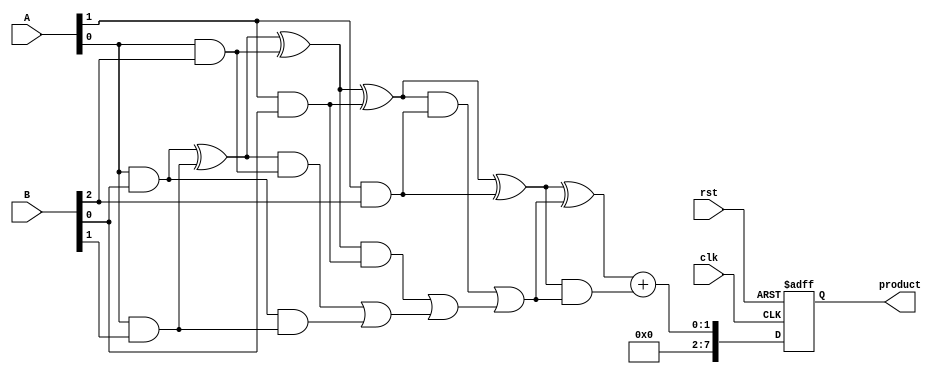
module WallaceTreeMultiplier #(parameter N = 4) (
    input wire clk,
    input wire rst,
    input wire [N-1:0] A,
    input wire [N-1:0] B,
    output reg [2*N-1:0] product
);

// Internal wires for partial products
wire [N*N-1:0] partial_products;

// Generate Partial Products
genvar i, j;
generate
    for (i = 0; i < N; i = i + 1) begin: pp_gen
        for (j = 0; j < N; j = j + 1) begin: pp_row
            assign partial_products[i*N + j] = A[i] & B[j];
        end
    end
endgenerate

// Internal signals for reduction
wire [N*N-1:0] sum;
wire [N*N-1:0] carry;

// Reduction stage (Wallace Tree)
// Note: This example assumes a simple 2-level reduction for clarity.
// A full implementation would require more levels depending on N.
generate
    for (i = 0; i < N; i = i + 1) begin: reduction
        if (i == 0) begin
            // First level: sum and carry from partial products
            assign sum[i] = partial_products[i*2] ^ partial_products[i*2 + 1];
            assign carry[i] = partial_products[i*2] & partial_products[i*2 + 1];
        end else begin
            // Subsequent levels: half adders and full adders
            assign sum[i] = sum[i-1] ^ partial_products[i*2];
            assign carry[i] = (sum[i-1] & partial_products[i*2]) | carry[i-1];
        end
    end
endgenerate

// Final addition stage
wire [2*N-1:0] final_sum;
wire [2*N-1:0] final_carry;

// Simple Ripple Carry Adder for the final addition
assign final_sum = sum[N-1] ^ carry[N-1];
assign final_carry = sum[N-1] & carry[N-1];

// Register output
always @(posedge clk or posedge rst) begin
    if (rst) begin
        product <= 0;
    end else begin
        // Combine final results to form the product
        product <= final_sum + final_carry;
    end
end

endmodule